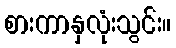
စားကာနှလုံးသွင်း။